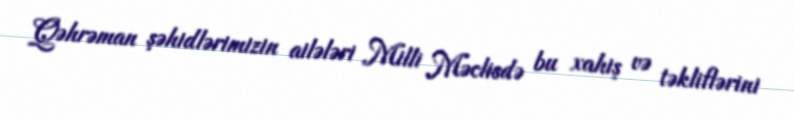
Qəhrəman şəhidlərimizin ailələri Milli Məclisdə bu xahiş və təkliflərini